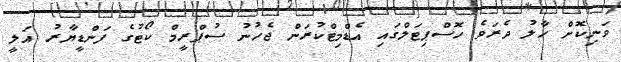
ވަނިކޮށް ހާލު ދެރަވެ ހޮސްޕިޓަލްގައި އެޑްމިޓްކުރަން ޖެހުނު ސުޕްރީމް ކޯޓުގެ ފަންޑީޔާރު އަލީ